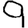
Digit: 9